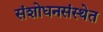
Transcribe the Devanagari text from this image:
संशोधनसंस्थेत